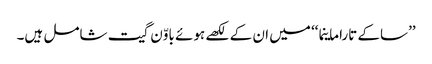
’’ساکے تاراماینما‘‘ میں ان کے لکھے ہوئے باوّن گیت شامل ہیں۔